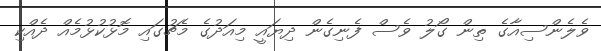
ވެލެންސިއާގެ ތިން ގޯލު ވެސް ފެނިގެން ދިޔައީ މިއަދުގެ މެޗުގައި މޮޅުކުޅުމެއް ދެއްކި